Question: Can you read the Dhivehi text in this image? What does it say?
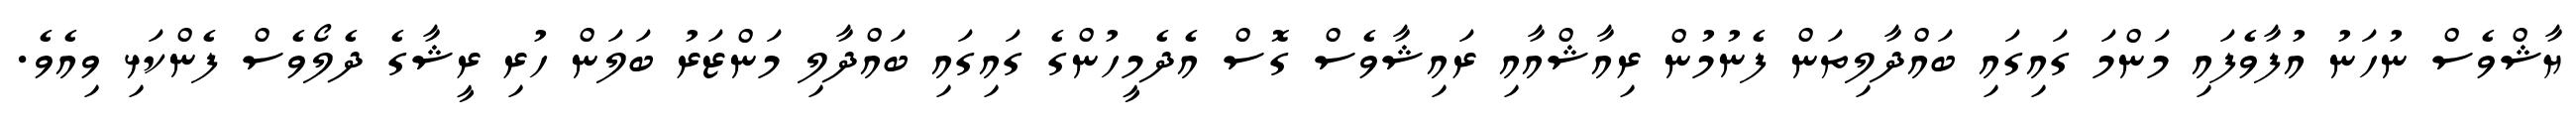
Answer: ޔާޝްވެސް ނުހަނު އުފާވެފައި މަންމަ ގައިގައި ބައްދާލިތަން ފެނުމުން ރިއާޝްއާއި ރައިޝާވެސް ގޮސް އެދެމީހުންގެ ގައިގައި ބައްދާލި މަންޒަރު ބަލަން ހުރި ރީޝާގެ ދެލޯވެސް ފެންކަޅި ވިއެވެ.